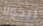
نيكولا